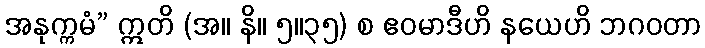
အနုက္ကမံ” ဣတိ (အ။ နိ။ ၅။၃၅) စ ဧဝမာဒီဟိ နယေဟိ ဘဂဝတာ